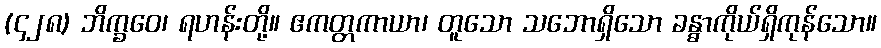
(၄၂၈) ဘိက္ခဝေ၊ ရဟန်းတို့။ ဧကတ္တကာယာ၊ တူသော သဘောရှိသော ခန္ဓာကိုယ်ရှိကုန်သော။